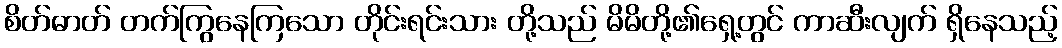
စိတ်ဓာတ် တက်ကြွနေကြသော တိုင်းရင်းသား တို့သည် မိမိတို့၏ရှေ့တွင် ကာဆီးလျက် ရှိနေသည့်